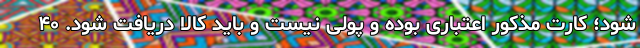
شود؛ کارت مذکور اعتباری بوده و پولی نیست و باید کالا دریافت شود. ۴۰